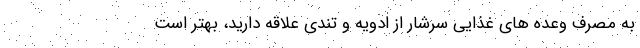
به مصرف وعده های غذایی سرشار از ادویه و تندی علاقه دارید، بهتر است